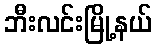
ဘီးလင်းမြို့နယ်